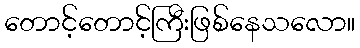
တောင့်တောင့်ကြီးဖြစ်နေသလော။